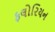
ફલોરિયન